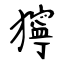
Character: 獰